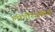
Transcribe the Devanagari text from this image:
लोगॅरिथमिक